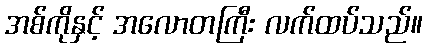
အစ်ကိုနှင့် အလောတကြီး လက်ထပ်သည်။